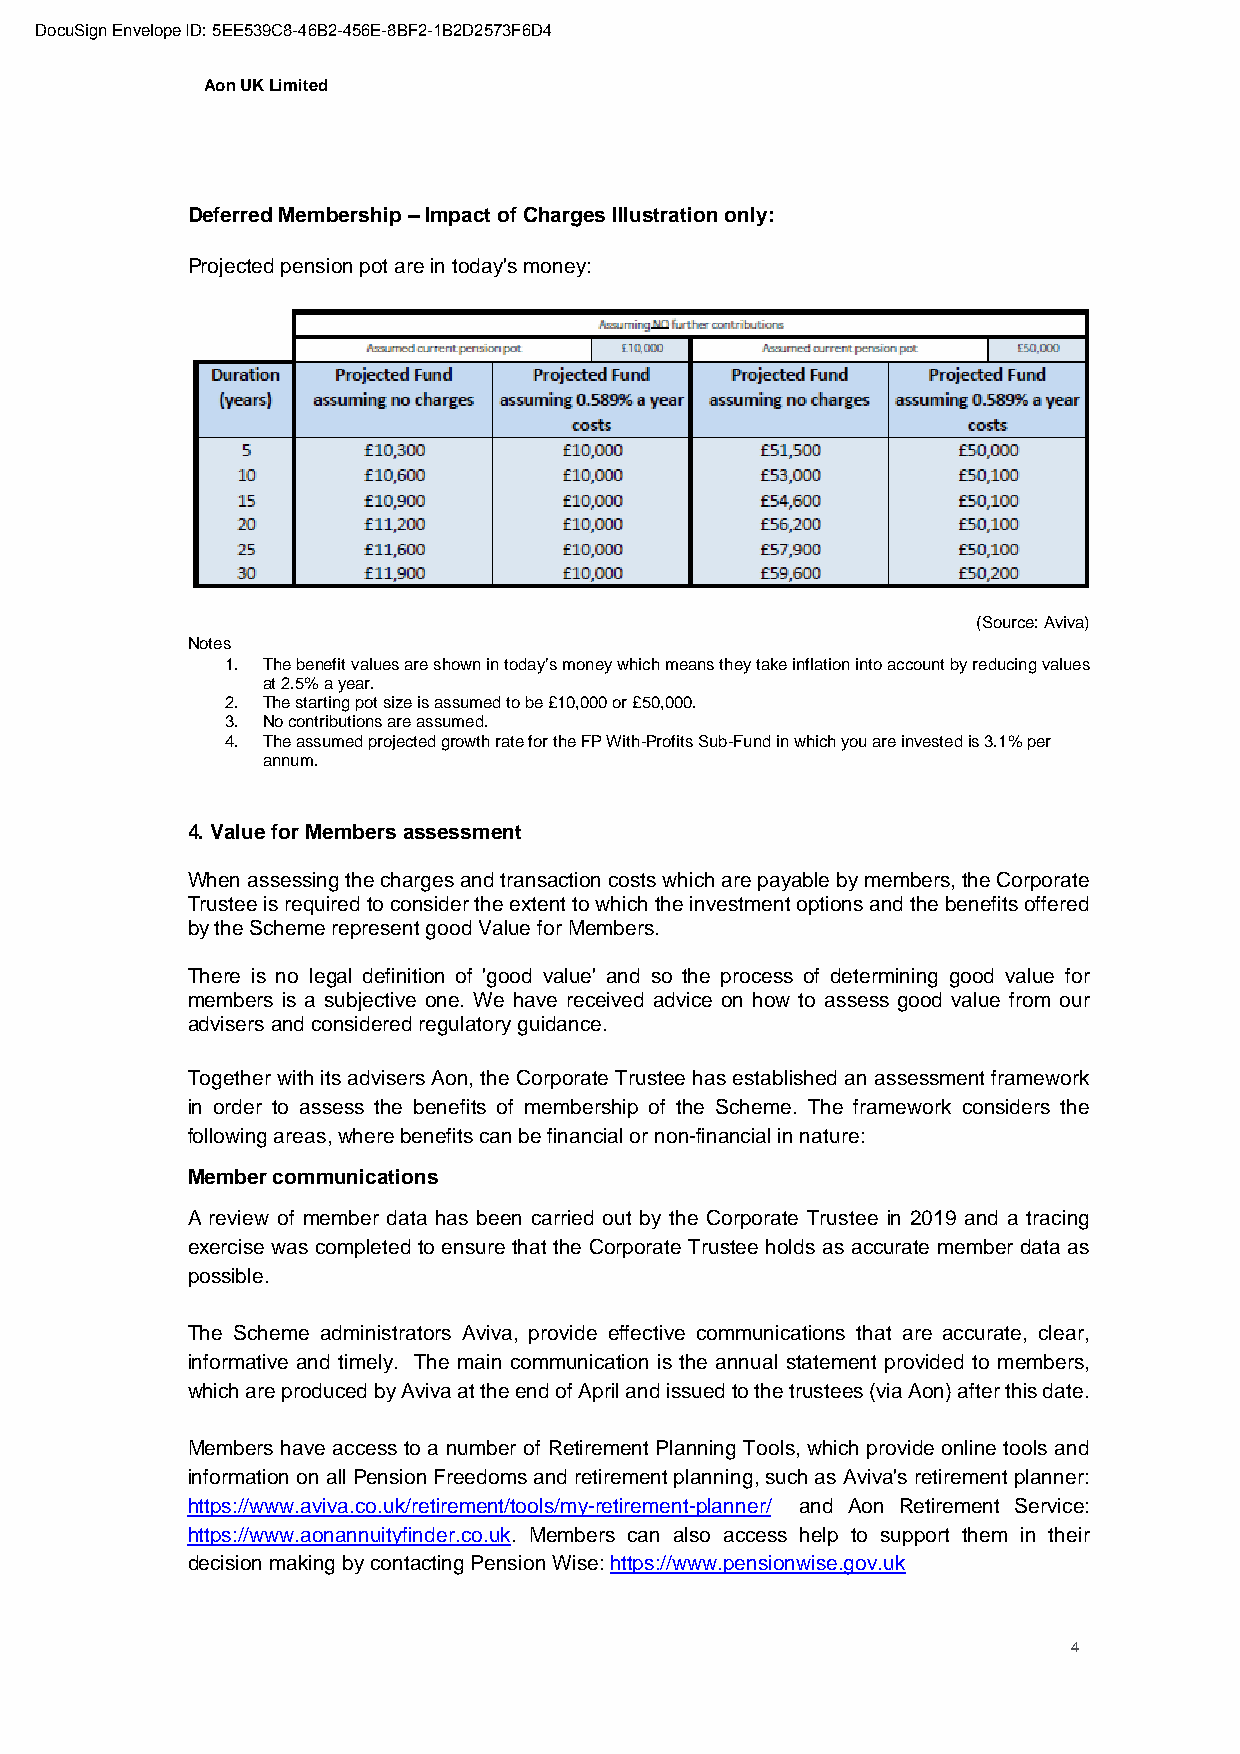
DocuSign Envelope ID: 5EE539C8-46B2-456E-8BF2-1B2D2573F6D4
 Aon UK Limited
 Deferred Membership – Impact of Charges Illustration only:
 Projected pension pot are in today's money:
 (Source: Aviva)
 Notes
 1. The benefit values are shown in today’s money which means they take inflation into account by reducing values
 at 2.5% a year.
 2. The starting pot size is assumed to be £10,000 or £50,000.
 3. No contributions are assumed.
 4. The assumed projected growth rate for the FP With-Profits Sub-Fund in which you are invested is 3.1% per
 annum.
 4. Value for Members assessment
 When assessing the charges and transaction costs which are payable by members, the Corporate
 Trustee is required to consider the extent to which the investment options and the benefits offered
 by the Scheme represent good Value for Members.
 There is no legal definition of 'good value' and so the process of determining good value for
 members is a subjective one. We have received advice on how to assess good value from our
 advisers and considered regulatory guidance.
 Together with its advisers Aon, the Corporate Trustee has established an assessment framework
 in order to assess the benefits of membership of the Scheme. The framework considers the
 following areas, where benefits can be financial or non-financial in nature:
 Member communications
 A review of member data has been carried out by the Corporate Trustee in 2019 and a tracing
 exercise was completed to ensure that the Corporate Trustee holds as accurate member data as
 possible.
 The Scheme administrators Aviva, provide effective communications that are accurate, clear,
 informative and timely. The main communication is the annual statement provided to members,
 which are produced by Aviva at the end of April and issued to the trustees (via Aon) after this date.
 Members have access to a number of Retirement Planning Tools, which provide online tools and
 information on all Pension Freedoms and retirement planning, such as Aviva's retirement planner:
 https://www.aviva.co.uk/retirement/tools/my-retirement-planner/ and Aon Retirement Service:
 https://www.aonannuityfinder.co.uk. Members can also access help to support them in their
 decision making by contacting Pension Wise: https://www.pensionwise.gov.uk
 4